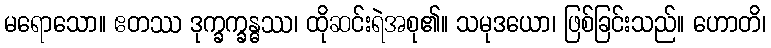
မရောသော။ ဧတဿ ဒုက္ခက္ခန္ဓဿ၊ ထိုဆင်းရဲအစု၏။ သမုဒယော၊ ဖြစ်ခြင်းသည်။ ဟောတိ၊